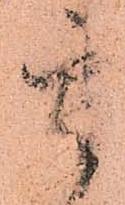
其